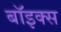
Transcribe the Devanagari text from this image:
बाॅइक्स